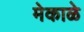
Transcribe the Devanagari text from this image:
मेकाळे